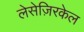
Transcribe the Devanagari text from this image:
लेसेज़िरकेल